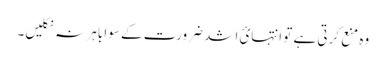
وہ منع کرتی ہے تو انتہائ اشد ضرورت کے سوا باہر نہ نکلیں۔